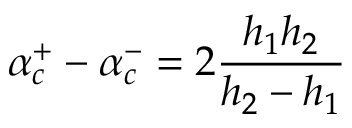
\alpha _ { c } ^ { + } - \alpha _ { c } ^ { - } = 2 \frac { h _ { 1 } h _ { 2 } } { h _ { 2 } - h _ { 1 } }